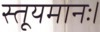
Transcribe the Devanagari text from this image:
स्तूयमानः।